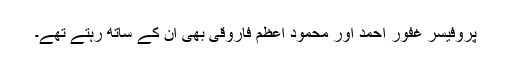
پروفیسر غفور احمد اور محمود اعظم فاروقی بھی ان کے ساتھ رہتے تھے۔